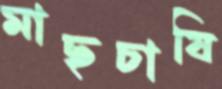
মাছচাষি